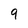
Character: 9